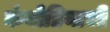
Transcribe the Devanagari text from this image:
कंबोडियाची